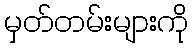
မှတ်တမ်းများကို